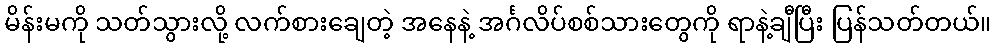
မိန်းမကို သတ်သွားလို့ လက်စားချေတဲ့ အနေနဲ့ အင်္ဂလိပ်စစ်သားတွေကို ရာနဲ့ချီပြီး ပြန်သတ်တယ်။